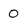
Character: 0